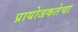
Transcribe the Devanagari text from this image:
प्रायोजकतेचा